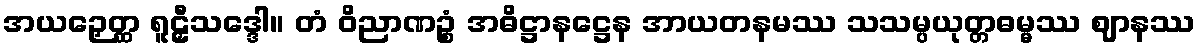
အယဉှေတ္ထ ရူဠှီသဒ္ဒေါ။ တံ ဝိညာဏဉ္စံ အဓိဋ္ဌာနဋ္ဌေန အာယတနမဿ သသမ္ပယုတ္တဓမ္မဿ ဈာနဿ